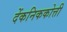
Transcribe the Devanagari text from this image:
देंकनिककोत्ती